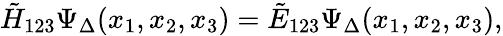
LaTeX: \tilde{H}_{123}\Psi_{\Delta}(x_{1},x_{2},x_{3})=\tilde{E}_{123}\Psi_{\Delta}(x_{1},x_{2},x_{3}),